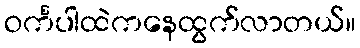
ဝင်္ကပါထဲကနေထွက်လာတယ်။